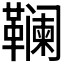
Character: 𱁽